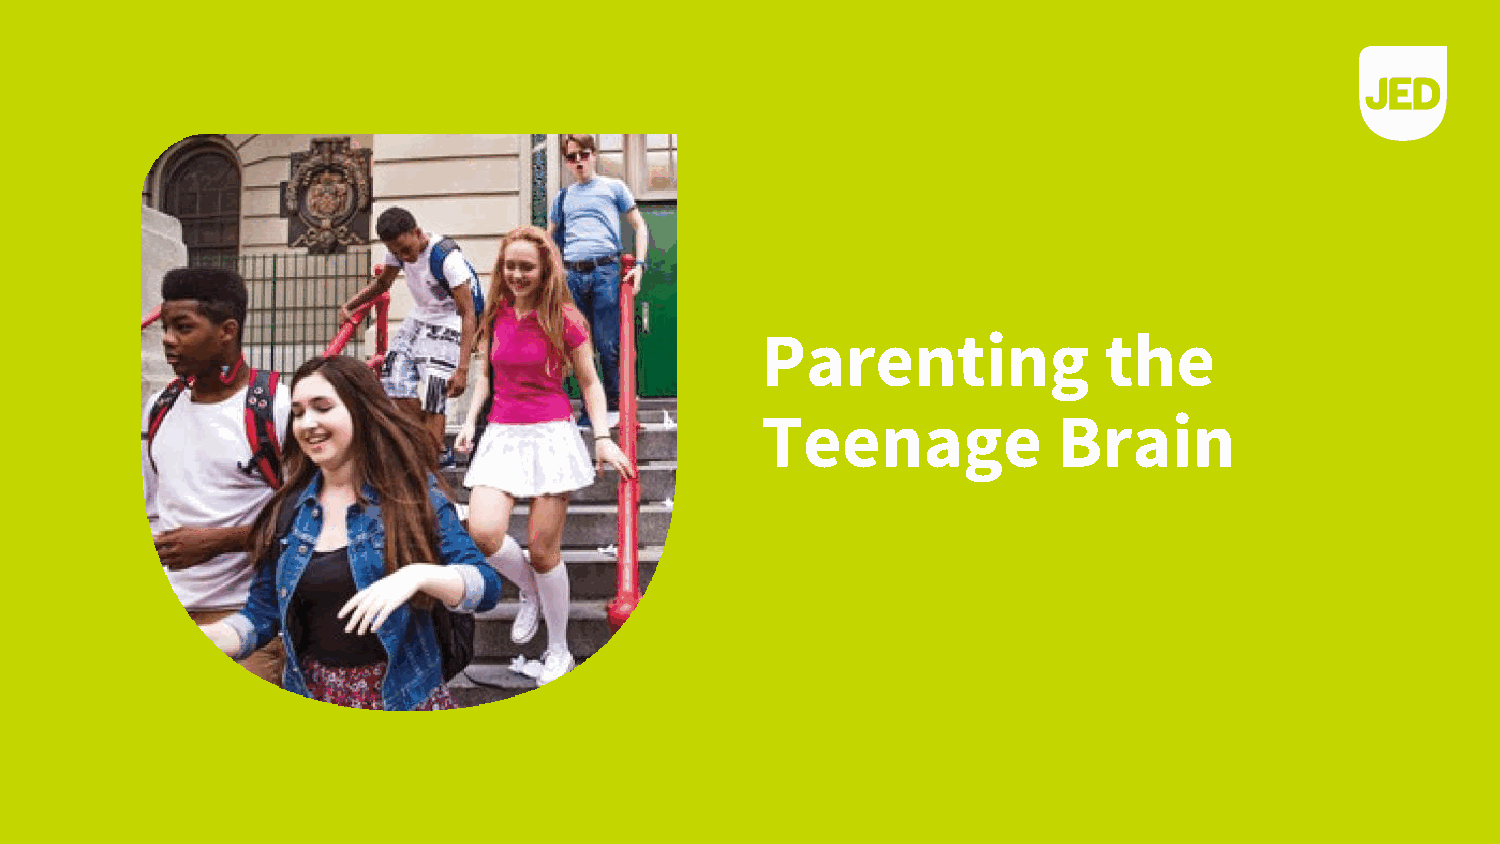
Parenting              the
 Teenage             Brain